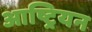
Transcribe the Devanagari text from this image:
आष्ट्रियन